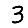
Digit: 3